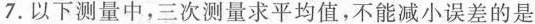
7. 以下测量中，三次测量求平均值，不能减小误差的是